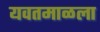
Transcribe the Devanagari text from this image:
यवतमाळला